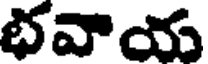
భవాయ